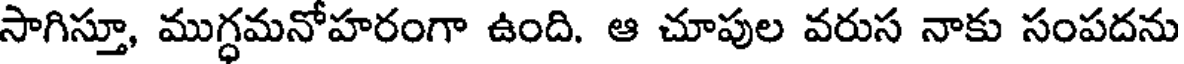
సాగిస్తూ, ముగ్ధమనోహరంగా ఉంది. ఆ చూపుల వరుస నాకు సంపదను